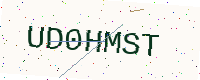
Text: UD0HMST